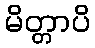
မိတ္တာပိ